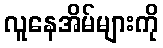
လူနေအိမ်များကို